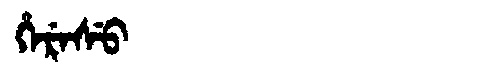
Manchu: ᡥᡝᡵᡝᠰᡠ
Romanization: HERESU